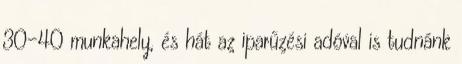
30-40 munkahely, és hát az iparűzési adóval is tudnánk